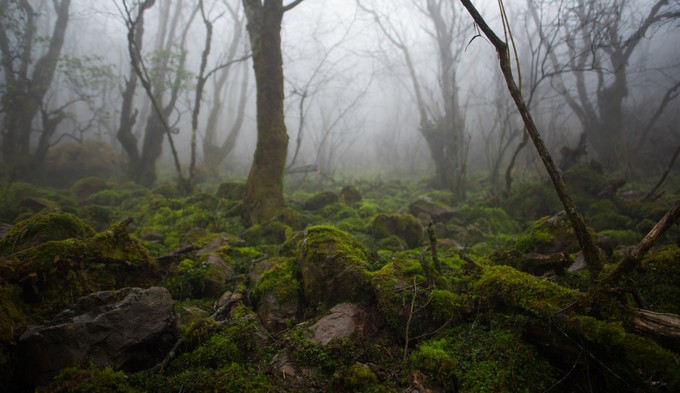
阶下青苔与红树，雨中寥落月中愁。